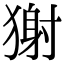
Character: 𤠭